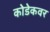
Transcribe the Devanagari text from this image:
कोडेकवर